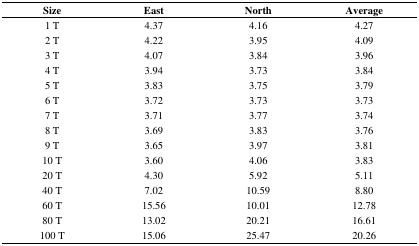
| Size | East | North | Average |
 | --- | --- | --- | --- |
 | 1 T | 4.37 | 4.16 | 4.27 |
 | 2 T | 4.22 | 3.95 | 4.09 |
 | 3 T | 4.07 | 3.84 | 3.96 |
 | 4 T | 3.94 | 3.73 | 3.84 |
 | 5 T | 3.83 | 3.75 | 3.79 |
 | 6 T | 3.72 | 3.73 | 3.73 |
 | 7 T | 3.71 | 3.77 | 3.74 |
 | 8 T | 3.69 | 3.83 | 3.76 |
 | 9 T | 3.65 | 3.97 | 3.81 |
 | 10 T | 3.60 | 4.06 | 3.83 |
 | 20 T | 4.30 | 5.92 | 5.11 |
 | 40 T | 7.02 | 10.59 | 8.80 |
 | 60 T | 15.56 | 10.01 | 12.78 |
 | 80 T | 13.02 | 20.21 | 16.61 |
 | 100 T | 15.06 | 25.47 | 20.26 |